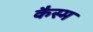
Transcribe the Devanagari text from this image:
कैस्म